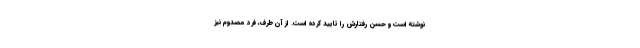
نوشته است و حسن رفتارش را تایید کرده است. از آن طرف، فرد مصدوم نیز